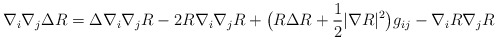
\begin{align*}\nabla_i\nabla_j\Delta R=\Delta\nabla_i\nabla_jR-2R\nabla_i\nabla_jR+\big(R\Delta R+\frac{1}{2}|\nabla R|^2\big)g_{ij}-\nabla_iR\nabla_jR\end{align*}